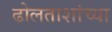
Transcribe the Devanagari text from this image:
ढोलताशांच्या